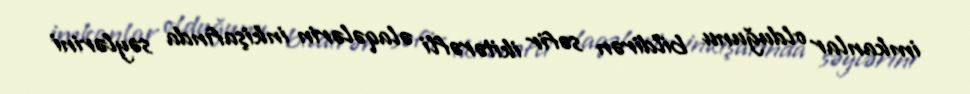
imkanlar olduğunu bildirən səfir ikitərəfli əlaqələrin inkişafında səylərini